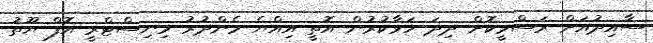
ސާއިދުއަށް ރަސްމީކޮށް ދިދަ ހަވާކުރުން އޮތީ އިއްޔެ މެންދުރު މިނިސްޓްރީ އޮފް ޔޫތު